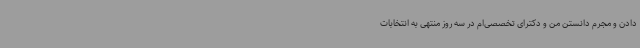
دادن و مجرم دانستن من و دکترای تخصصی‌ام در سه روز منتهی به انتخابات